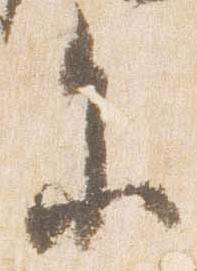
参